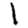
Digit: 1